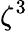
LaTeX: \zeta^{3}